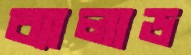
ব্যালাড